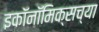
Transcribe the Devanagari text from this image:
इकॉनॉमिक्सच्या